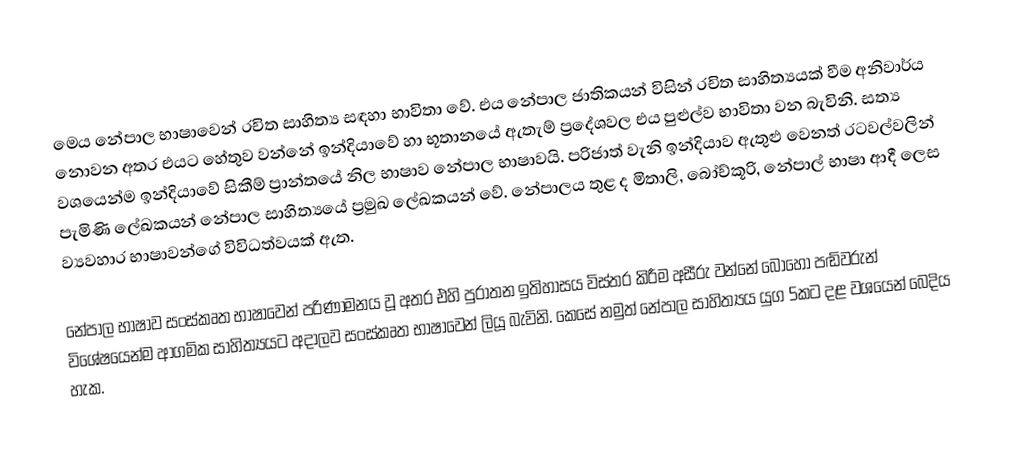
මෙය නේපාල භාෂාවෙන් රචිත සාහිත්‍ය සඳහා භාවිතා වේ. එය නේපාල ජාතිකයන් විසින් රචිත සාහිත්‍යයක් වීම අනිවාර්ය නොවන අතර එයට හේතුව වන්නේ ඉන්දියාවේ හා භූතානයේ ඇතැම් ප්‍රදේශවල එය පුළුල්ව භාවිතා වන බැවිනි. සත්‍ය වශයෙන්ම ඉන්දියාවේ සිකීම් ප්‍රාන්තයේ නිල භාෂාව නේපාල භාෂාවයි. පරිජාත් වැනි ඉන්දියාව ඇතුළු වෙනත් රටවල්වලින් පැමිණි ලේඛකයන් නේපාල සාහිත්‍යයේ ප්‍රමුඛ ලේඛකයන් වේ. නේපාලය තුළ ද මිතාලි, බෝච්කූරි, නේපාල් භාෂා ආදී ලෙස ව්‍යවහාර භාෂාවන්ගේ විවිධත්වයක් ඇත.

නේපාල භාෂාව සංස්කෘත භාෂාවෙන් පරිණාමනය වූ අතර එහි පුරාතන ඉතිහාසය විස්තර කිරීම අසීරු වන්නේ බොහෝ පඬිවරුන් විශේෂයෙන්ම ආගමික සාහිත්‍යයට අදාලව සංස්කෘත භාෂාවෙන් ලියූ බැවිනි. කෙසේ නමුත් නේපාල සාහිත්‍යය යුග 5කට දළ වශයෙන් බෙදිය හැක.